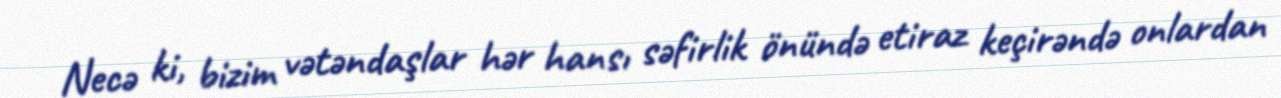
Necə ki, bizim vətəndaşlar hər hansı səfirlik önündə etiraz keçirəndə onlardan